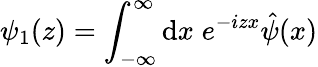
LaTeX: {\psi}_{1}(z)=\int_{-\infty}^{\infty}\mathrm{d}x\; e^{-izx}\hat{{\psi}}(x)